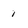
Character: 1